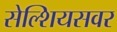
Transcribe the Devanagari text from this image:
सेल्शियसवर